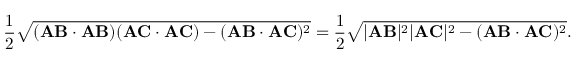
{ \frac { 1 } { 2 } } { \sqrt { ( \mathbf { A B } \cdot \mathbf { A B } ) ( \mathbf { A C } \cdot \mathbf { A C } ) - ( \mathbf { A B } \cdot \mathbf { A C } ) ^ { 2 } } } = { \frac { 1 } { 2 } } { \sqrt { | \mathbf { A B } | ^ { 2 } | \mathbf { A C } | ^ { 2 } - ( \mathbf { A B } \cdot \mathbf { A C } ) ^ { 2 } } } .